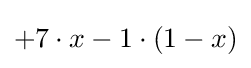
+7\cdot x-1\cdot (1-x)